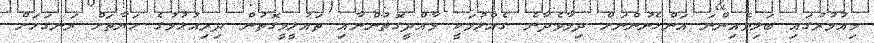
މިއުމުރުގައި ބަލިވެއިންނަ އަންހެނުންނަށް ދިމާވެދާނެ ގެއްލުމަކީ މާއްދީގޮތުންނާއި ތައުލީމީގޮތުން ދިރިއުޅުމުގެ ހަޔާތަށް ރަނގަޅަށް